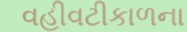
વહીવટીકાળના